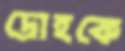
দ্রোহকে